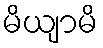
မိယျာမိ